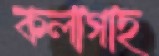
কলাগাছ